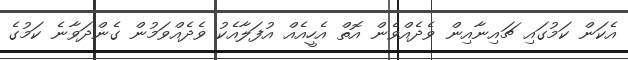
އެކަން ކަމުގައި ޗައިނާއިން ވެދެއްވެން އޮތް އެހީއެއް އުފަލާއެކު ވެދެއްވަމުން ގެންދަވާނެ ކަމުގެ